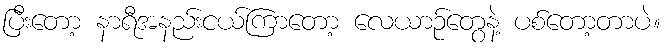
ပြီးတော့ နာရီအနည်းငယ်ကြာတော့ လေယာဉ်တွေနဲ့ ပစ်တော့တာပဲ။